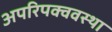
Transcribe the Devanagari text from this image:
अपरिपक्ववस्था